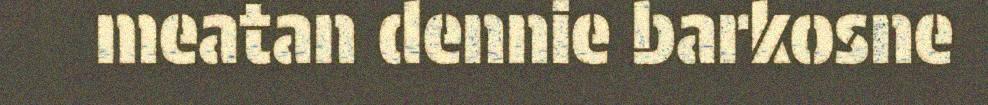
meatan dennie barkosne